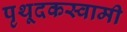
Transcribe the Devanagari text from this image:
पृथूदकस्वामी